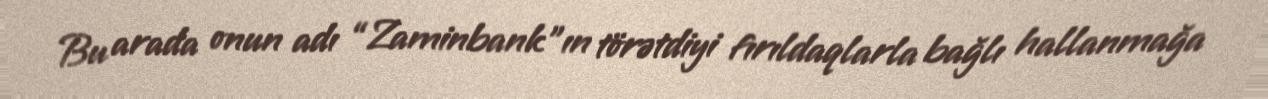
Bu arada onun adı “Zaminbank”ın törətdiyi fırıldaqlarla bağlı hallanmağa